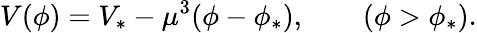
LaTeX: V(\phi)=V_{\ast}-\mu^{3}(\phi-\phi_{\ast}),\qquad(\phi>\phi_{\ast}).